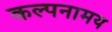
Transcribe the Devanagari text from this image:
कल्पनामय